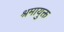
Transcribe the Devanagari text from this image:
श्रमायुक्त